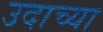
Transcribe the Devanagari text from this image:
उदाच्या